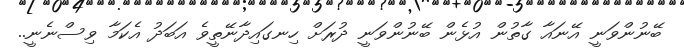
ބޭނުންވަނީ އޭނައާ ގާތުން އުޅެން ބޭނުންވަނީ ދުރަށް ހިނގައިދާނޭތީވެ އަބަދު އެކަމާ ވިސްނެނީ..